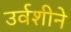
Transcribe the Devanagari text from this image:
उर्वशीने